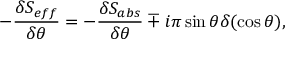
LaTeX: - \frac { \delta S _ { e f f } } { \delta \theta } = - \frac { \delta S _ { a b s } } { \delta \theta } \mp i \pi \sin \theta \delta ( \cos \theta ) ,